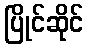
ပြိုင်ဆိုင်